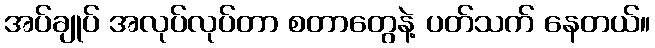
အပ်ချုပ် အလုပ်လုပ်တာ စတာတွေနဲ့ ပတ်သက် နေတယ်။